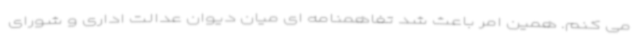
می کنم. همین امر باعث شد تفاهمنامه ای میان دیوان عدالت اداری و شورای